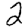
Digit: 2